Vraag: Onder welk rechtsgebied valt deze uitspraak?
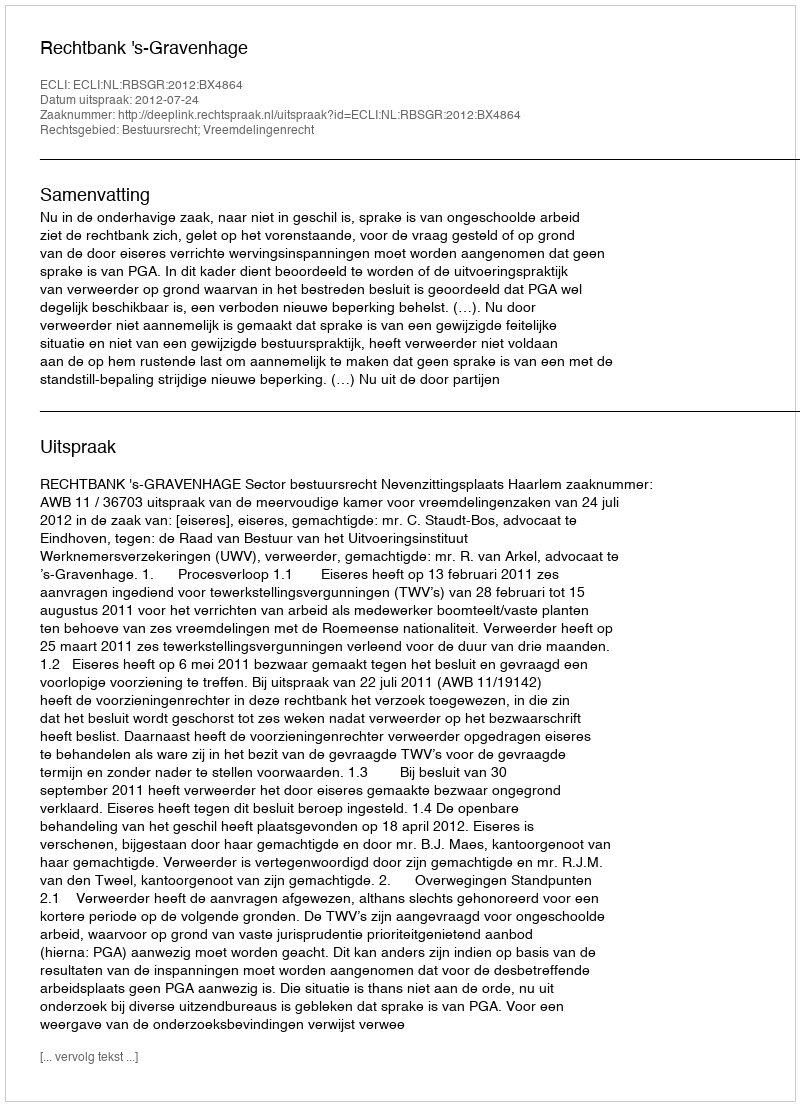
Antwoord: Bestuursrecht; Vreemdelingenrecht